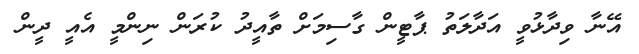
އޭނާ ވިދާޅުވީ އަދާލަތު ޕާޓީން ގާސިމަށް ތާއީދު ކުރަން ނިންމީ އެއީ ދީން